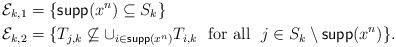
LaTeX: \begin{align*}\mathcal{E}_{k,1} &= \{ \mathsf{supp}(x^n)\subseteq S_k \}\\\mathcal{E}_{k,2} &= \{ T_{j,k}\not\subseteq \cup_{ i \in \mathsf{supp}(x^n) } T_{i,k} \mbox{~~for all~~} j \in S_k \setminus \mathsf{supp}(x^n) \}.\end{align*}